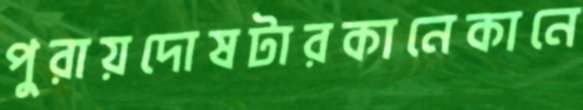
পুরায়দোষটারকানেকানে